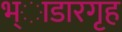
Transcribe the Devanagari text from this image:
भ्ाडारगृह